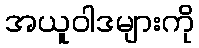
အယူဝါဒများကို